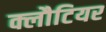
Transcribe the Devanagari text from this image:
क्लौटियर